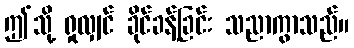
ဤသို့ ရှုလျှင် ခိုင်ခန့်ခြင်း သညာကွာသည်။